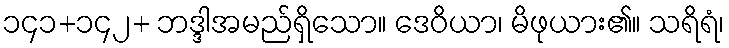
၁၄၁+၁၄၂+ ဘဒ္ဒါအမည်ရှိသော။ ဒေဝိယာ၊ မိဖုယား၏။ သရိရံ၊